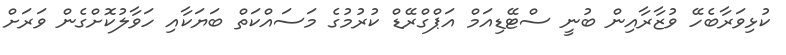
ކުޅިވަރާބެހޭ ވުޒާރާއިން ބުނީ ސްޓޭޑިއަމް އަޕްގްރޭޑް ކުރުމުގެ މަސައްކަތް ބަޔަކާއި ހަވާލުކޮށްގެން ވަރަށް